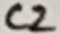
Text: C2